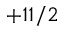
+ 1 1 / 2